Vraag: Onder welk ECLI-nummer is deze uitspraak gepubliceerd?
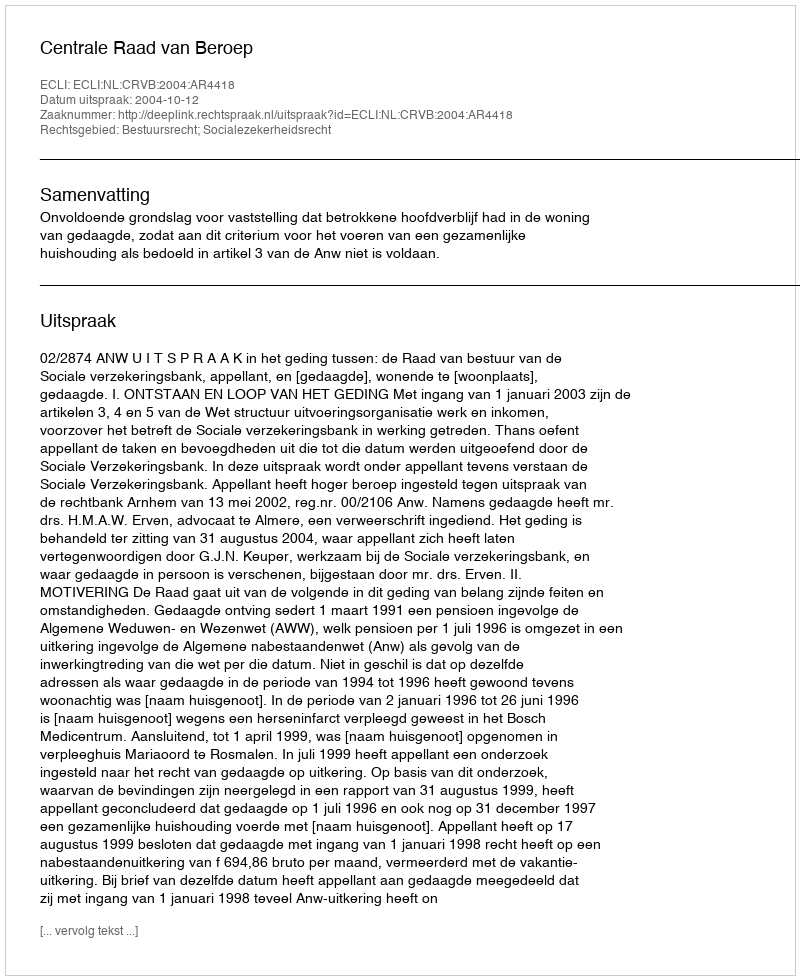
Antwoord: ECLI:NL:CRVB:2004:AR4418